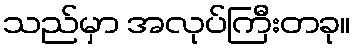
သည်မှာ အလုပ်ကြီးတခု။